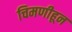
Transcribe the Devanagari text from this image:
चिमणीहून